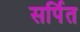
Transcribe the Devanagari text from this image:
सर्पित